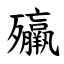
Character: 㱻